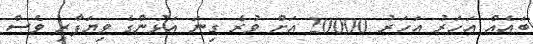
ބައެއް އަހަރު އަހަރު 20000 އަށް ވުރެ ގިނަ އަަޅުންގެ ވިޔަފާރި ވެސް